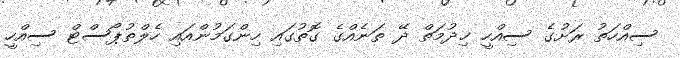
ސިއްހަތު ރަށުގެ ސިއްހީ ޚިދުމަތް ދޭ ތަނެއްގެ ގޮތުގައި ހިންގަމުންއައި ހެލްތުޕޯސްޓް ސިއްހީ